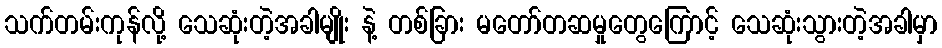
သက်တမ်းကုန်လို့ သေဆုံးတဲ့အခါမျိုး နဲ့ တစ်ခြား မတော်တဆမှုတွေကြောင့် သေဆုံးသွားတဲ့အခါမှာ